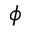
\phi